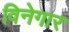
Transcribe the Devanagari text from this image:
विनेगार